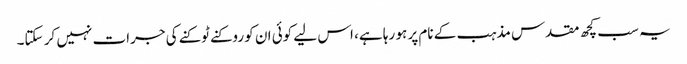
یہ سب کچھ مقدس مذہب کے نام پر ہو رہا ہے، اس لیے کوئی ان کو روکنے ٹوکنے کی جرات نہیں کر سکتا۔